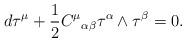
LaTeX: \begin{align*}d{\bf\tau}^\mu +\frac{1}{2}{C^\mu}_{\alpha\beta}{\bf\tau}^\alpha\wedge{\bf\tau}^\beta =0.\end{align*}